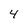
Character: 4